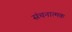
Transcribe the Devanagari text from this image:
संचनात्‍मक